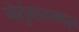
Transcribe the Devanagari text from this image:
पोर्तुगालमधून